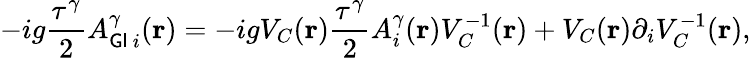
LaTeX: -ig\frac{\tau^{\gamma}}{2}A_{{\sf GI}\, i}^{\gamma}({\mathbf{r}})=-igV_{C}({\mathbf{r}})\frac{\tau^{\gamma}}{2}A_{i}^{\gamma}({\mathbf{r}})V_{C}^{-1}({\mathbf{r}})+V_{C}({\mathbf{r}}){\partial}_{i}V_{C}^{-1}({\mathbf{r}}),